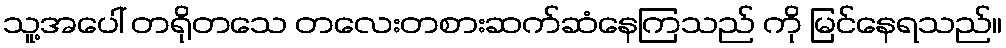
သူ့အပေါ် တရိုတသေ တလေးတစားဆက်ဆံနေကြသည် ကို မြင်နေရသည်။